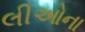
લીઓના